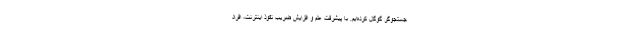
جستجوگر گوگل کرده‌ایم. با پیشرفت علم و افزایش ضریب نفوذ اینترنت، افراد